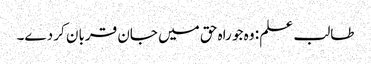
طالب علم : وہ جو راہ حق میں جان قربان کر دے۔